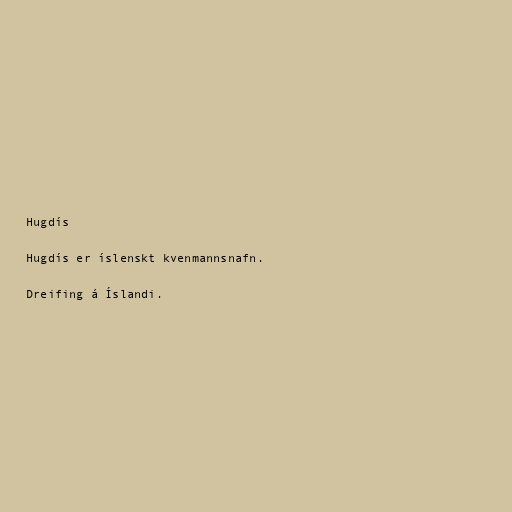
Hugdís

Hugdís er íslenskt kvenmannsnafn.

Dreifing á Íslandi.